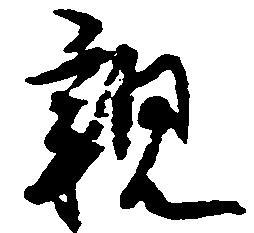
親